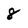
Character: 8